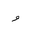
Letter: _waw